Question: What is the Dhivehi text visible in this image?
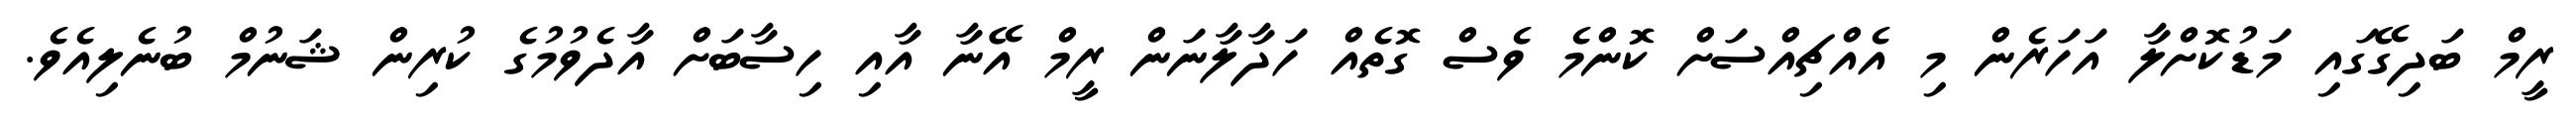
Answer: ރީމް ބަދިގޭގައި މަޑުކޮށްލާ އަހަރެން މި އެއްޗިއްސަށް ކޮންމެ ވެސް ގޮތެއް ހަދާލާނަން ރީމް އޭނާ އާއި ހިސާބަށް އާދެވުމުގެ ކުރިން ޝަނުމް ބުނެލިއެވެ.